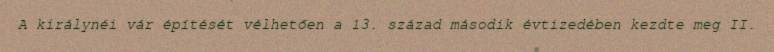
A királynéi vár építését vélhetően a 13. század második évtizedében kezdte meg II.